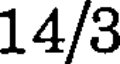
14/3